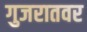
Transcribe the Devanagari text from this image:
गुजरातवर